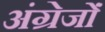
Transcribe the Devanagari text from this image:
अंग्रेजोंं